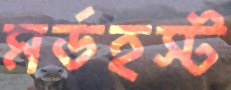
মর্ডহস্ট